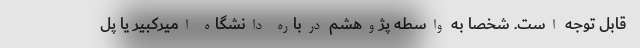
قابل توجه است. شخصا به واسطه پژوهشم درباره دانشگاه اميركبير يا پل